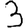
Digit: 3